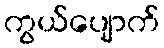
ကွယ်ပျောက်